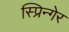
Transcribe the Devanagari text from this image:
स्प्रिन्गेर